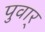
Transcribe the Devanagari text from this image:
पुवार्